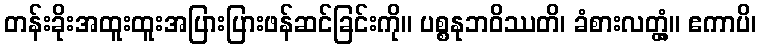
တန်းခိုးအထူးထူးအပြားပြားဖန်ဆင်ခြင်းကို။ ပစ္စနုဘဝိဿတိ၊ ခံစားလတ္တံ့။ ဧကာပိ၊